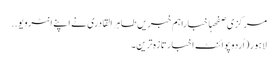
مرکزی صفحہاخباراہم خبریں طاہر القادری نے اپنے انٹرویو ..
لاہور(اُردو پوائنٹ اخبارتازہ ترین۔